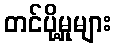
တင်ပို့မှုများ